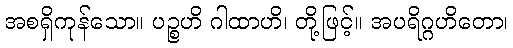
အစရှိကုန်သော။ ပဉ္စဟိ ဂါထာဟိ၊ တို့ဖြင့်။ အပရိဂ္ဂဟိတော၊